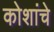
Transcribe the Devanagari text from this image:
कोशांचे